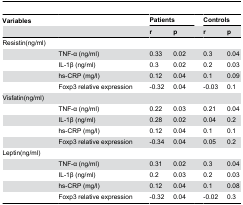
| Variables |  | <COLSPAN=2> Patients |  | <COLSPAN=2> Controls |
 |  |  | r | p |  | r | p |
 | --- | --- | --- | --- | --- | --- | --- |
 | Resistin(ng/ml) |  |  |  |  |  |  |
 |  | TNF-α (ng/ml) | 0.33 | 0.02 |  | 0.3 | 0.04 |
 |  | IL-1β (ng/ml) | 0.3 | 0.02 |  | 0.2 | 0.03 |
 |  | hs-CRP (mg/l) | 0.12 | 0.04 |  | 0.1 | 0.09 |
 |  | Foxp3 relative expression | -0.32 | 0.04 |  | -0.03 | 0.1 |
 | Visfatin(ng/ml) |  |  |  |  |  |  |
 |  | TNF-α (ng/ml) | 0.22 | 0.03 |  | 0.21 | 0.04 |
 |  | IL-1β (ng/ml) | 0.28 | 0.02 |  | 0.04 | 0.2 |
 |  | hs-CRP (mg/l) | 0.12 | 0.04 |  | 0.1 | 0.1 |
 |  | Foxp3 relative expression | -0.34 | 0.04 |  | 0.05 | 0.2 |
 | Leptin(ng/ml) |  |  |  |  |  |  |
 |  | TNF-α (ng/ml) | 0.31 | 0.02 |  | 0.3 | 0.04 |
 |  | IL-1β (ng/ml) | 0.2 | 0.03 |  | 0.2 | 0.03 |
 |  | hs-CRP (mg/l) | 0.12 | 0.04 |  | 0.1 | 0.08 |
 |  | Foxp3 relative expression | -0.32 | 0.04 |  | -0.02 | 0.3 |